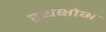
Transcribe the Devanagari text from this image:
रथक्षोभ